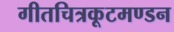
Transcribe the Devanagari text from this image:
गीतचित्रकूटमण्डन